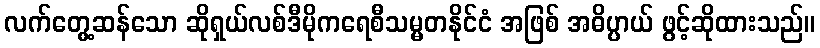
လက်တွေ့ဆန်သော ဆိုရှယ်လစ်ဒီမိုကရေစီသမ္မတနိုင်ငံ အဖြစ် အဓိပ္ပာယ် ဖွင့်ဆိုထားသည်။